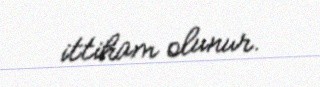
ittiham olunur.